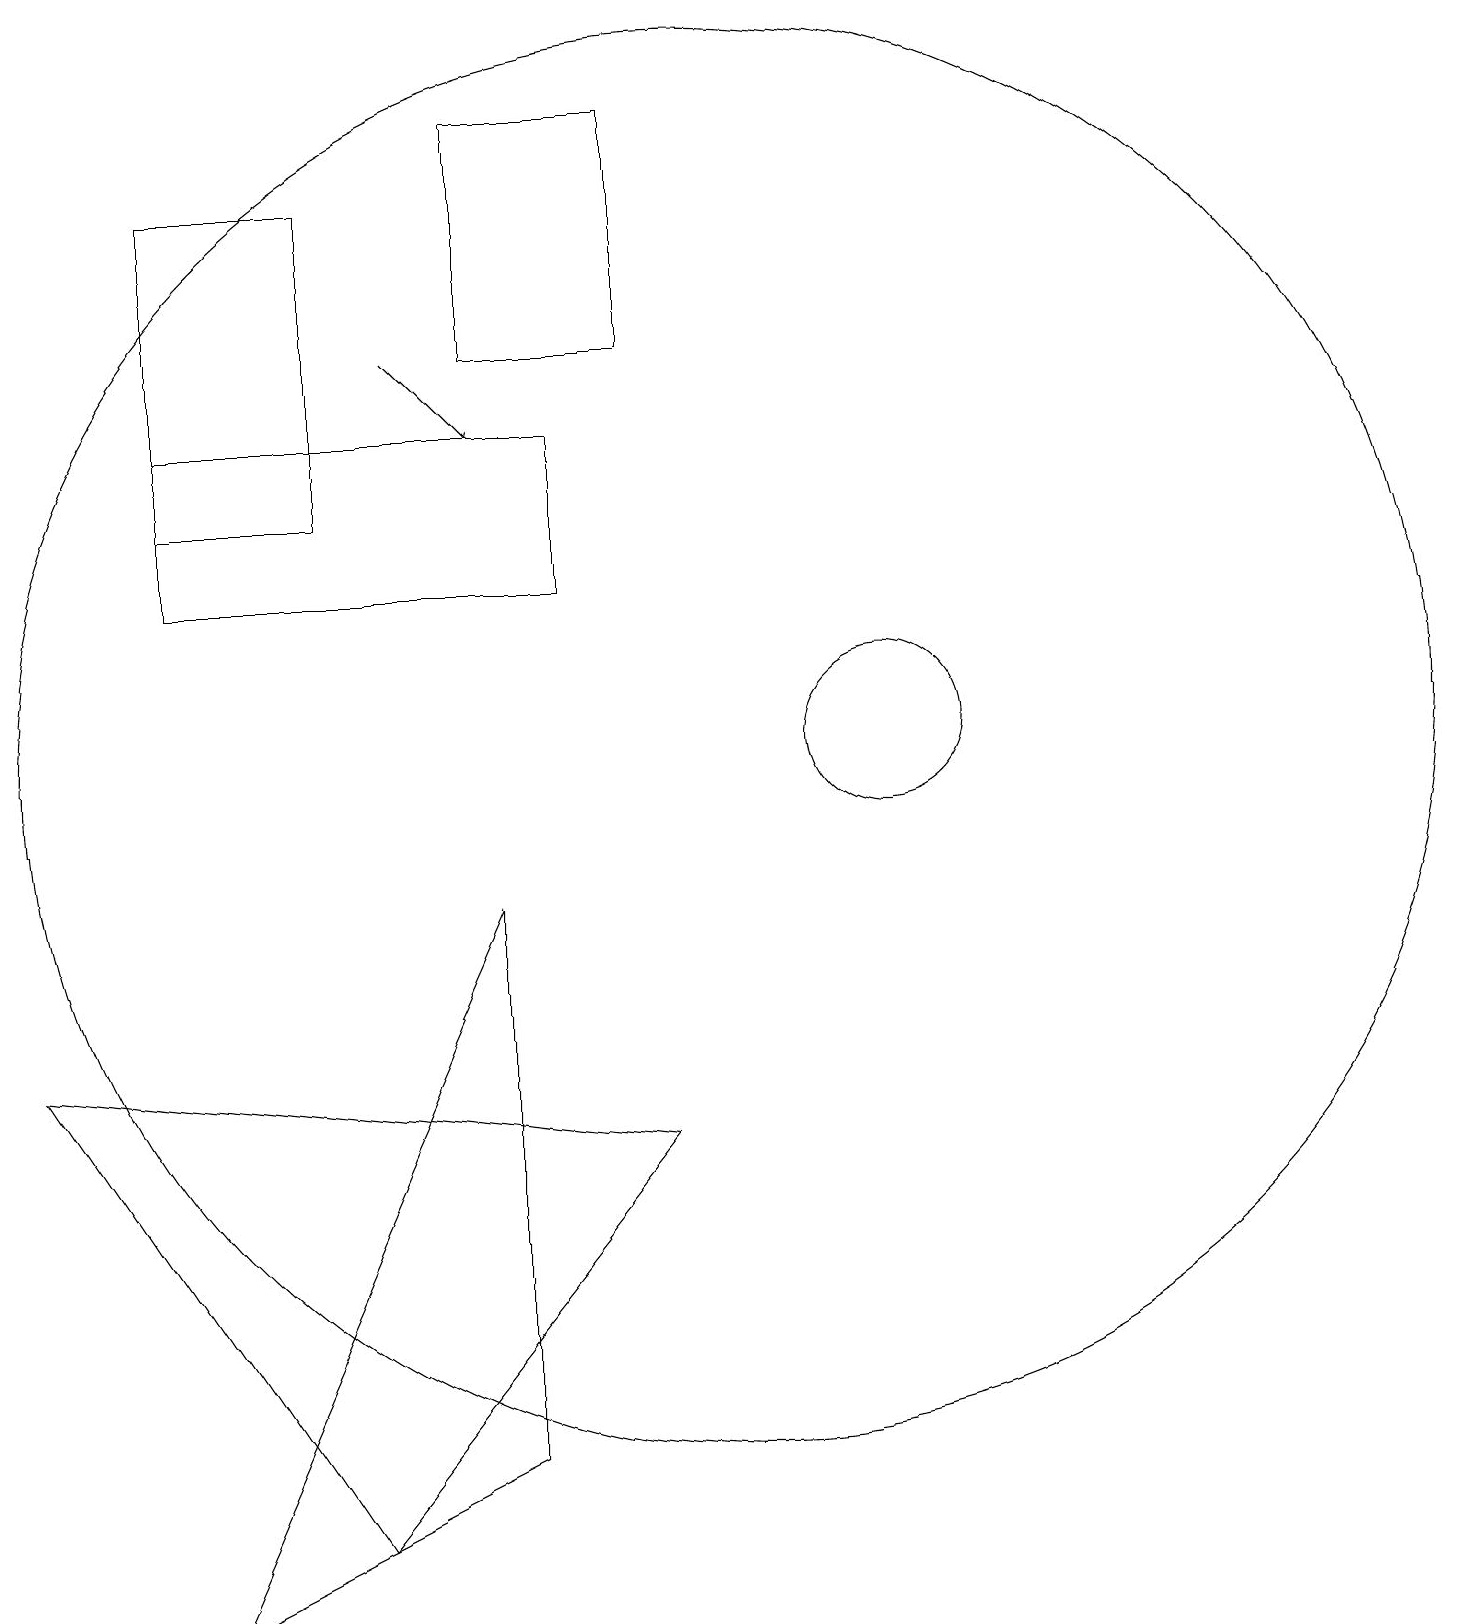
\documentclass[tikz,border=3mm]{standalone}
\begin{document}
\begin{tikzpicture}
\draw (1,7) -- (9,6) -- (5,1) -- cycle;
\draw (9,19) rectangle (7,16);
\draw (10,11) circle (9);
\draw[->] (6,16) -- (7,15);
\draw (12,11) circle (1);
\draw (3,14) rectangle (5,18);
\draw (8,13) rectangle (3,15);
\draw (7,2) -- (3,0) -- (7,9) -- cycle;
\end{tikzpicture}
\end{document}